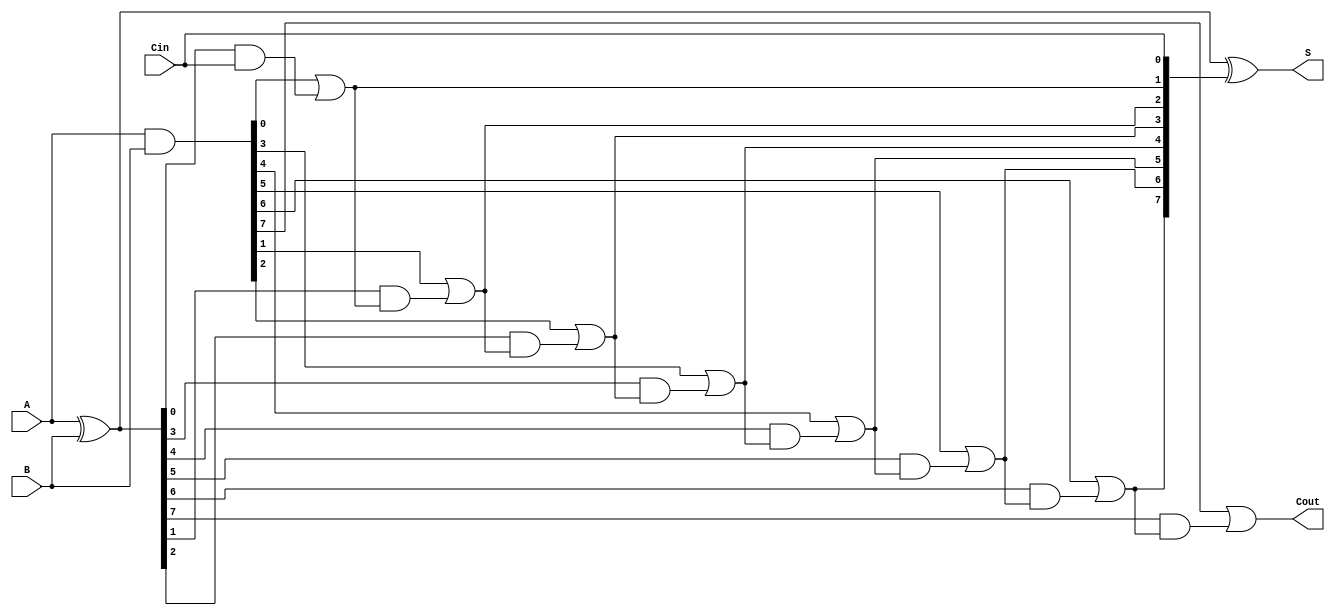
module SklanskyAdder #(parameter N = 8) (
    input [N-1:0] A,      // First input
    input [N-1:0] B,      // Second input
    input Cin,            // Carry-in
    output [N-1:0] S,     // Sum output
    output Cout           // Carry-out
);

    // Generate and Propagate signals
    wire [N-1:0] G; // Generate signals
    wire [N-1:0] P; // Propagate signals
    wire [N:0] C;   // Carry signals

    // Generate and Propagate calculations
    assign G = A & B;         // G[i] = A[i] & B[i]
    assign P = A ^ B;         // P[i] = A[i] ^ B[i]

    // Carry calculations
    assign C[0] = Cin; // Initial carry-in
    genvar i;
    generate
        for (i = 0; i < N; i = i + 1) begin : carry_gen
            if (i == 0) begin
                assign C[i + 1] = G[i] | (P[i] & C[i]); // C[1] = G[0] + P[0] * C[0]
            end else begin
                assign C[i + 1] = G[i] | (P[i] & C[i]); // C[i + 1] = G[i] + P[i] * C[i]
            end
        end
    endgenerate

    // Sum calculation
    assign S = P ^ C[N-1:0]; // S[i] = P[i] ^ C[i]

    // Carry-out
    assign Cout = C[N]; // Final carry-out

endmodule